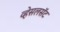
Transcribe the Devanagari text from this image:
व्हेसलसॅट